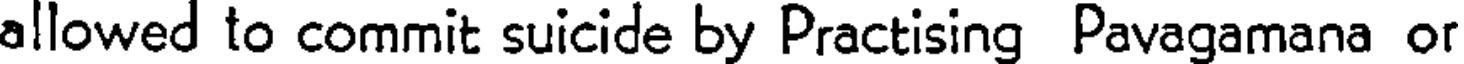
allowed to commit suicide by Practising Pavagamana or